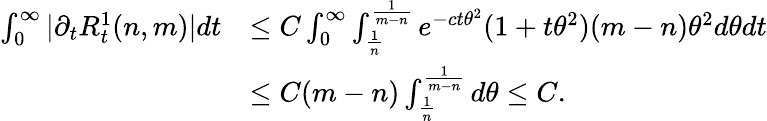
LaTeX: \begin{array}{rl}{\int_{0}^{\infty}|\partial_{t}R_{t}^{1}(n,m)|dt}&{\le C\int_{0}^{\infty}\int_{\frac{1}{n}}^{\frac{1}{m-n}}e^{-ct\theta^{2}}(1+t\theta^{2})(m-n)\theta^{2}d\theta dt}\\ &{\le C(m-n)\int_{\frac{1}{n}}^{\frac{1}{m-n}}d\theta\le C.}\end{array}